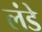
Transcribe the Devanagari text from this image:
लंडे